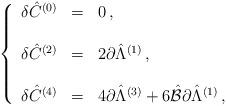
LaTeX: \begin{align*}\left\{\begin{array}{rcl}\delta\hat{C}^{(0)} & = & 0\, ,\\& & \\\delta\hat{C}^{(2)} & = & 2\partial\hat{\Lambda}^{(1)}\, ,\\& & \\\delta\hat{C}^{(4)} & = & 4\partial\hat{\Lambda}^{(3)}+6\hat{\cal B}\partial\hat{\Lambda}^{(1)}\, ,\\\end{array}\right.\end{align*}